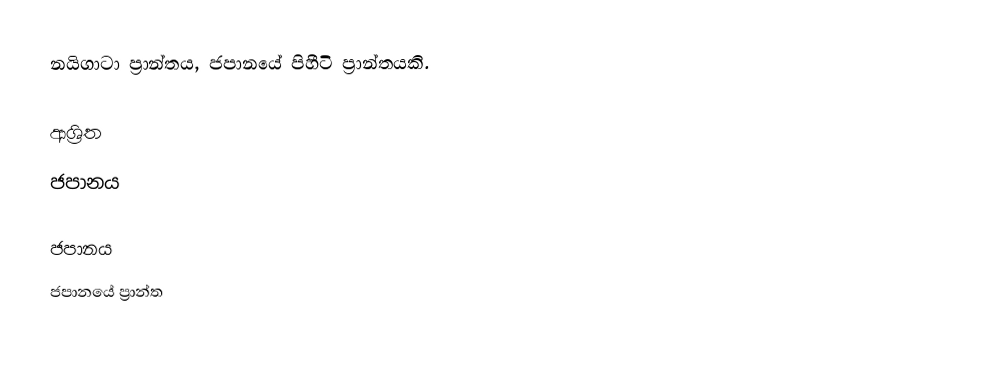
නයිගාටා ප්‍රාන්තය, ජපානයේ පිහීටි ප්‍රාන්තයකි.

ආශ්‍රිත
 ජපානය

ජපානය
ජපානයේ ප්‍රාන්ත